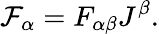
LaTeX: \mathcal{F}_{\alpha}=F_{\alpha\beta}J^{\beta}.